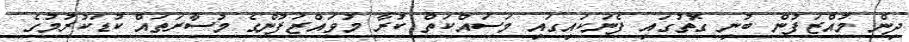
ދިން މުއްޒަފުން ބުނި ގޮތުގައި ފެނަކައިގައި މަސައްކަތް ކުރާ މުވައްޒަފުންގެ މުސާރަތައް ކުޑަކުރުމުގެ